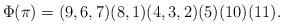
LaTeX: \begin{align*}\Phi(\pi)=(9,6,7)(8,1)(4,3,2)(5)(10)(11).\end{align*}